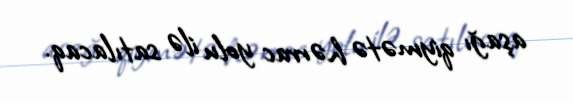
aşağı qiymətə hərrac yolu ilə satılacaq.